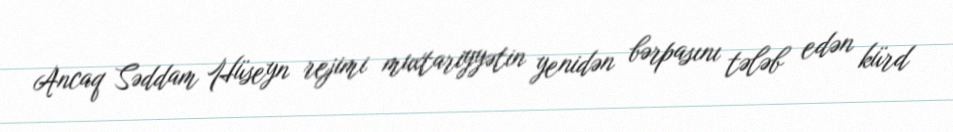
Ancaq Səddam Hüseyn rejimi muxtariyyətin yenidən bərpasını tələb edən kürd